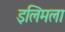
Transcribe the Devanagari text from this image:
इलिमला